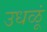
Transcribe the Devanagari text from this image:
उधळूं